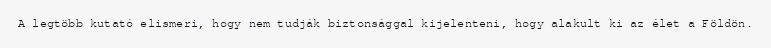
A legtöbb kutató elismeri, hogy nem tudják biztonsággal kijelenteni, hogy alakult ki az élet a Földön.